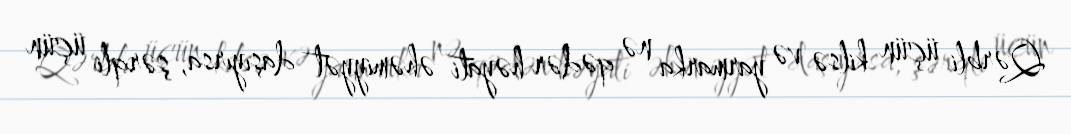
Qərbli üçün kilsə və yarmarka nə qədər həyati əhəmiyyət daşıyırsa, şərqli üçün